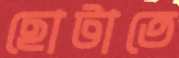
ছোটাতে